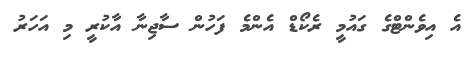
އެ އިވެންޓްގެ ގައުމީ ރެކޯޑް އެންމެ ފަހުން ސާޖިނާ އާކުރީ މި އަހަރު